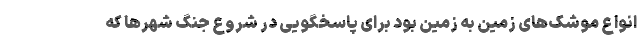
انواع موشک‌های زمین به زمین بود برای پاسخگویی در شروع جنگ شهرها که